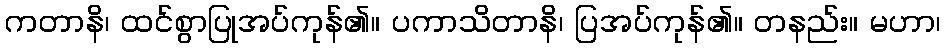
ကတာနိ၊ ထင်စွာပြုအပ်ကုန်၏။ ပကာသိတာနိ၊ ပြအပ်ကုန်၏။ တနည်း။ မဟာ၊